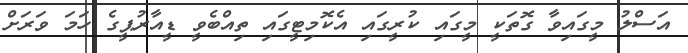
އަސްލު މީގައިވާ ގޮތަކީ މީގައި ކުރީގައި އެކޮމިޓީގައި ތިއްބެވީ ޑީއާރުޕީގެ ހަމަ ވަރަށް